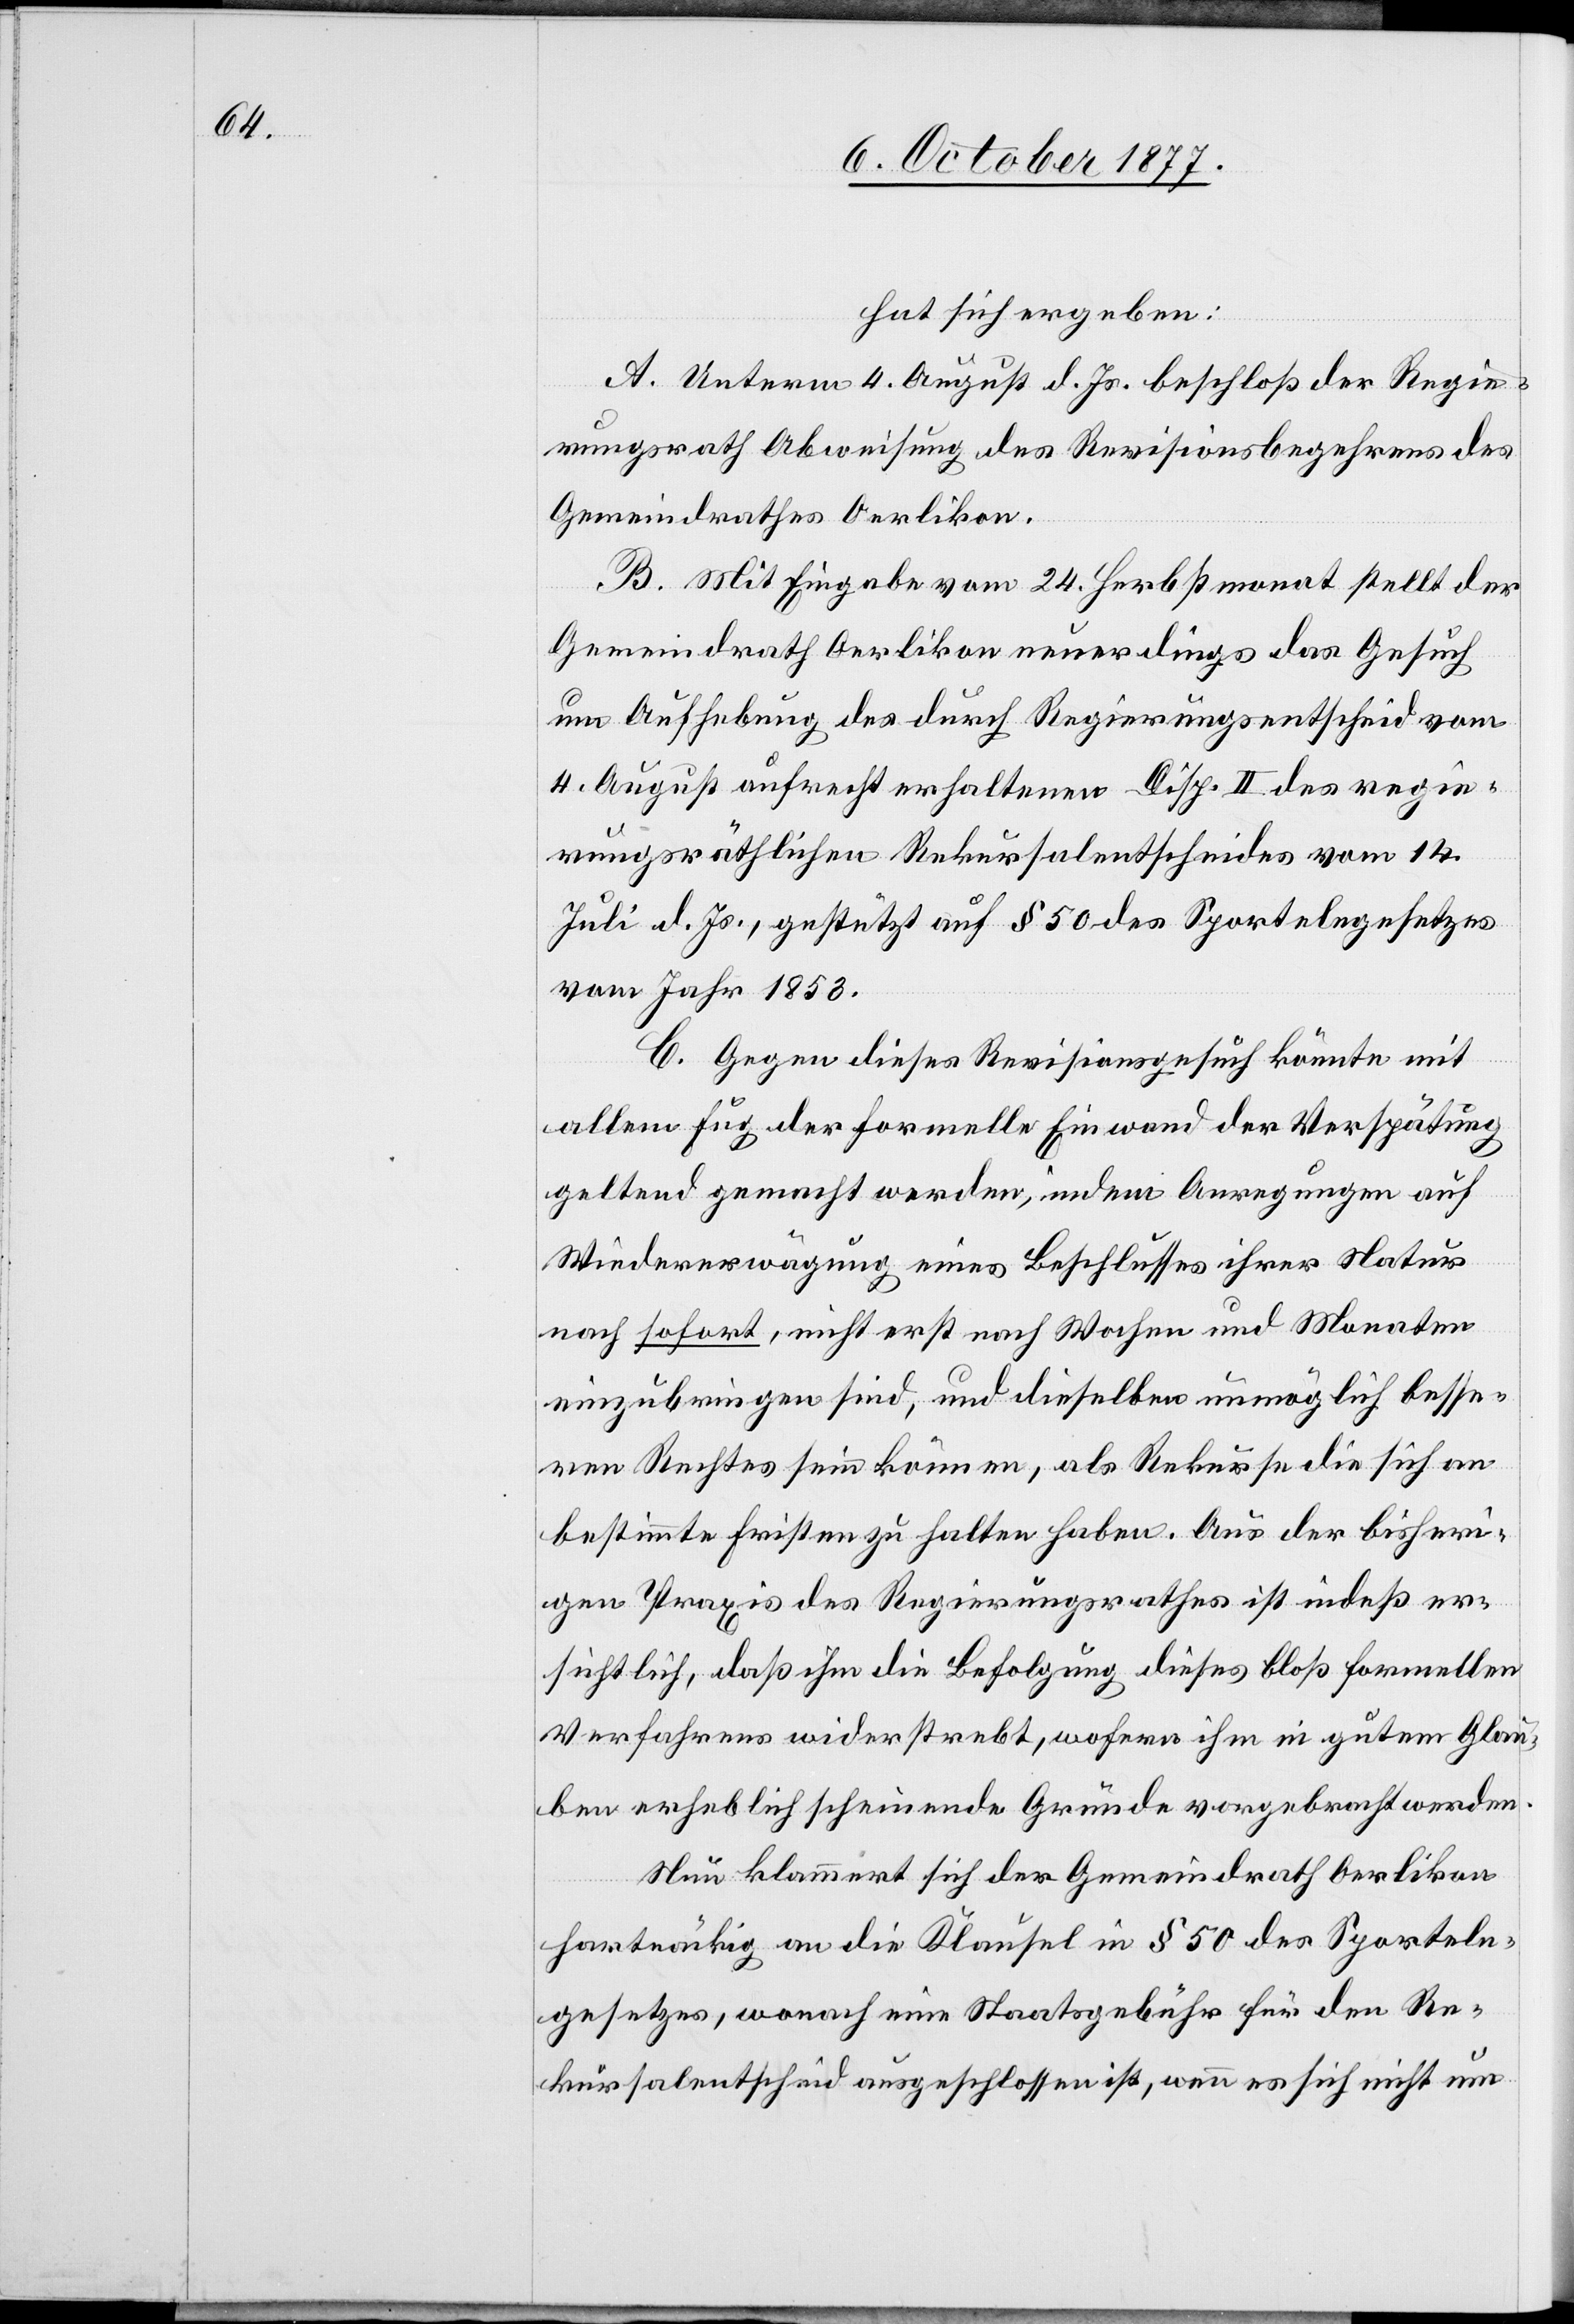
hat sich ergeben:
A. Unterm 4. August d. Js. beschloß der Regie¬
rungsrath Abweisung des Revisionsbegehrens des
Gemeindrathes Oerlikon.
B. Mit Eingabe vom 24. Herbstmonat stellt der
Gemeindrath Oerlikon neuerdings das Gesuch
um Aufhebung des durch Regierungsentscheid vom
4. August aufrecht erhaltenen Disp. II des regie¬
rungsräthlichen Rekursalentscheides vom 14.
Juli d. Js., gestützt auf § 50 des Sportelngesetzes
vom Jahr 1853.
C. Gegen dieses Revisionsgesuch könnte mit
allem Fug der formelle Einwand der Verspätung
geltend gemacht werden, indem Anregungen auf
Wiedererwägung eines Beschlusses ihrer Natur
nach sofort, nicht erst nach Wochen und Monaten
einzubringen sind, und dieselben unmöglich besse¬
ren Rechtes sein können, als Rekurse die sich an
bestimmte Fristen zu halten haben. Aus der bisheri¬
gen Praxis des Regierungsrathes ist indeß er¬
sichtlich, daß ihm die Befolgung dieses bloß formellen
Verfahrens widerstrebt, wofern ihm in gutem Glau¬
ben erheblich scheinende Gründe vorgebracht werden.
Nun klammert sich der Gemeindrath Oerlikon
hartnäckig an die Klausel in § 50 des Sporteln¬
gesetzes, wonach eine Staatsgebühr für den Re¬
kursalentscheid ausgeschlossen ist, wenn es sich nicht um